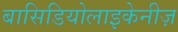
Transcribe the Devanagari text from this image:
बासिडियोलाइकेनीज़